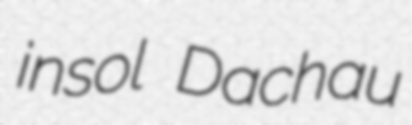
insol Dachau